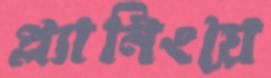
প্ল্যানিংয়ে